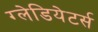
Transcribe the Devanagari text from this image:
ग्लेडियेटर्स